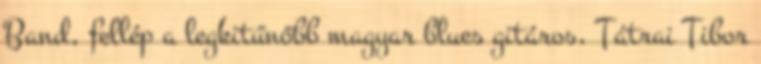
Band, fellép a legkitűnőbb magyar blues gitáros, Tátrai Tibor